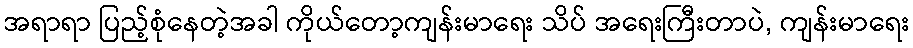
အရာရာ ပြည့်စုံနေတဲ့အခါ ကိုယ်တော့ကျန်းမာရေး သိပ် အရေးကြီးတာပဲ, ကျန်းမာရေး